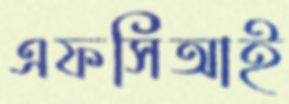
এফসিআই